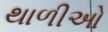
થાળીઓ